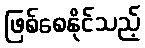
ဖြစ်စေနိုင်သည့်